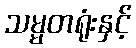
သမ္မတရုံးနှင့်